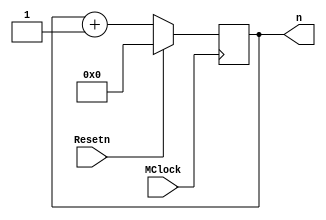
module CounterPC
	(
		input MClock,
		input Resetn,

		output reg [4:0] n
	);


	initial begin
		n = 5'b00000;
	end

	always @(posedge MClock) begin

		if(Resetn == 1'b1) begin
			n = 5'b00000;
		end
		else begin
			n = n + 1'b1;
		end

	end

endmodule

module Upcount
	(
		input PClock,
		input Resetn,

		output reg [1:0] n
	);

	initial begin
		n = 2'b11;
	end

	always @(posedge PClock) begin

		if(Resetn == 1'b1) begin
			n = 2'b11;
		end
		else begin
			n = n + 1'b1;
		end

	end

endmodule